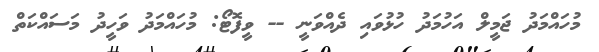
މުހައްމަދު ޖަމީލް އަހުމަދު ހުޅުވައި ދެއްވަނީ -- ވީފޮޓޯ: މުހައްމަދު ވަހީދު މަސައްކަތް